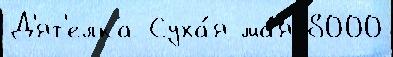
Д'ят'елка Суха́я ма́я 8000